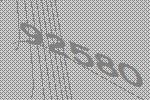
92580